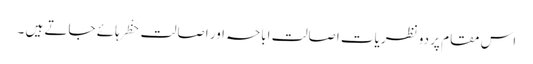
اس مقام پر دو نظریات اصالت اباحہ اور اصالت حَظْر ہائے جاتے ہیں ۔